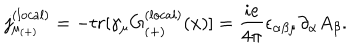
LaTeX: { j _ { \mu _ { ( + ) } } ^ { ( l o c a l ) } } = - t r [ \gamma _ { \mu } G _ { ( + ) } ^ { ( l o c a l ) } ( x ) ] = \frac { i e } { 4 \pi } \epsilon _ { \alpha \beta \mu } \partial _ { \alpha } A _ { \beta } .